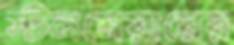
স্টলমেয়ারের